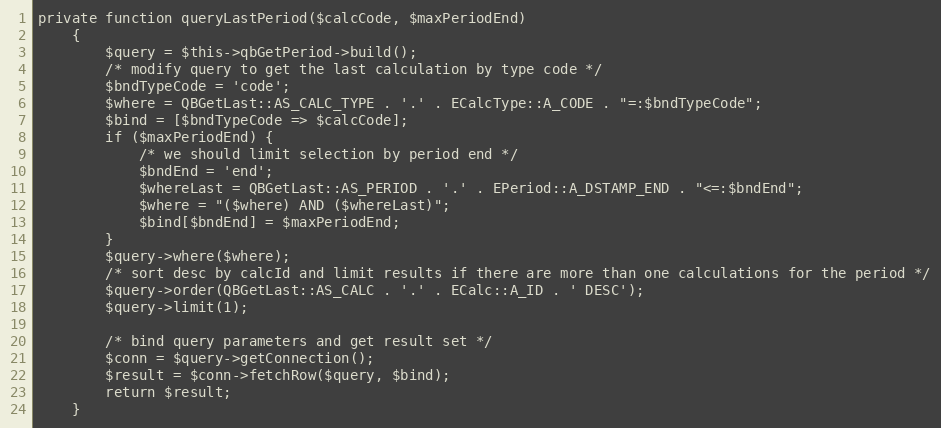
Language: PHP
private function queryLastPeriod($calcCode, $maxPeriodEnd)
    {
        $query = $this->qbGetPeriod->build();
        /* modify query to get the last calculation by type code */
        $bndTypeCode = 'code';
        $where = QBGetLast::AS_CALC_TYPE . '.' . ECalcType::A_CODE . "=:$bndTypeCode";
        $bind = [$bndTypeCode => $calcCode];
        if ($maxPeriodEnd) {
            /* we should limit selection by period end */
            $bndEnd = 'end';
            $whereLast = QBGetLast::AS_PERIOD . '.' . EPeriod::A_DSTAMP_END . "<=:$bndEnd";
            $where = "($where) AND ($whereLast)";
            $bind[$bndEnd] = $maxPeriodEnd;
        }
        $query->where($where);
        /* sort desc by calcId and limit results if there are more than one calculations for the period */
        $query->order(QBGetLast::AS_CALC . '.' . ECalc::A_ID . ' DESC');
        $query->limit(1);

        /* bind query parameters and get result set */
        $conn = $query->getConnection();
        $result = $conn->fetchRow($query, $bind);
        return $result;
    }